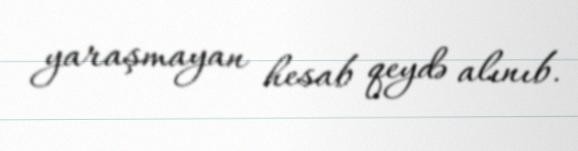
yaraşmayan hesab qeydə alınıb.